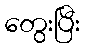
တွေးပြီး